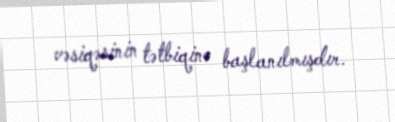
vəsiqəsinin tətbiqinə başlanılmışdır.